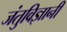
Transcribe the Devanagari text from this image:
जंतुविज्ञानी